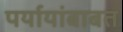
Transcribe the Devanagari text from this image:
पर्यायांबाबत